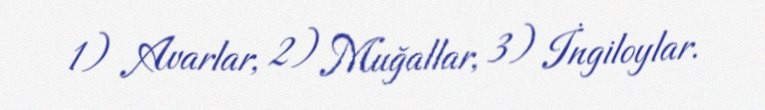
1) Avarlar, 2) Muğallar, 3) İngiloylar.